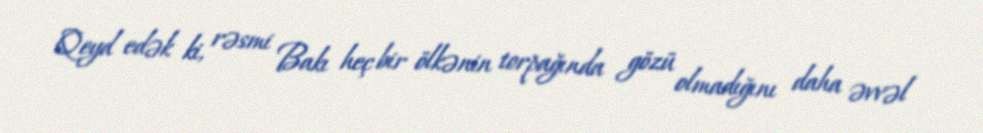
Qeyd edək ki, rəsmi Bakı heç bir ölkənin torpağında gözü olmadığını daha əvvəl